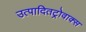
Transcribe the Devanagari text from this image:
उत्पादितट्रोवाक्स